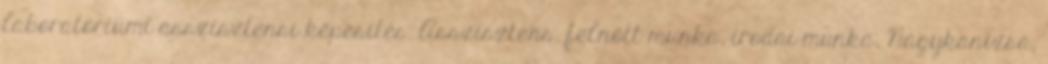
laboratóriumi asszisztensi képesítés. Asszisztens, felnőtt munka, irodai munka, Nagykanizsa,